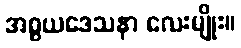
အစ္စယဒေသနာ လေးမျိုး။